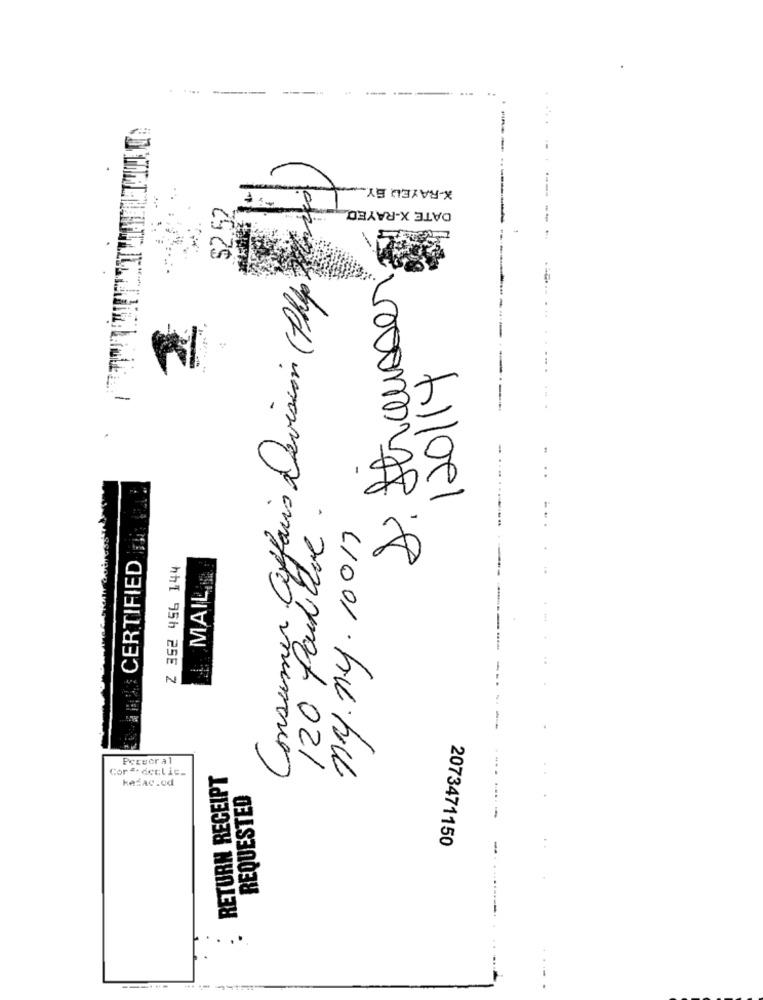
X-RAYED BY ..
$2.52
DATE X-RAYED.
Consumer affairs Devision (Php)
S: Strausser
120/14
120 Paulave .
ny ny. 10017
CERTIFIED
Z 352 456 144
MAIL
Perser al
Cor E-declic-
RETURN RECEIPT
kazac.od
REQUESTED
2073471150
. .